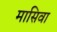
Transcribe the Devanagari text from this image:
मासिवा